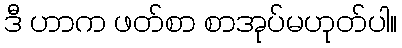
ဒီ ဟာက ဖတ်စာ စာအုပ်မဟုတ်ပါ။